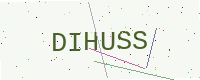
Text: DIHUSS